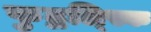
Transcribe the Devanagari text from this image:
फुद्बल्स्कि